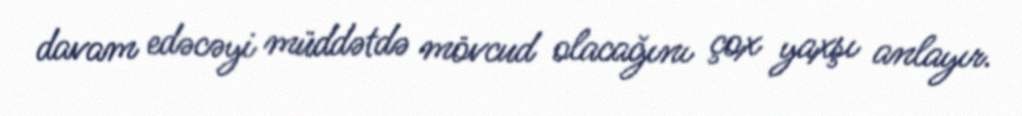
davam edəcəyi müddətdə mövcud olacağını çox yaxşı anlayır.